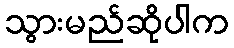
သွားမည်ဆိုပါက